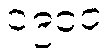
၁၉၀၀